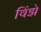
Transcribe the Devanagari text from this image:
विंझे